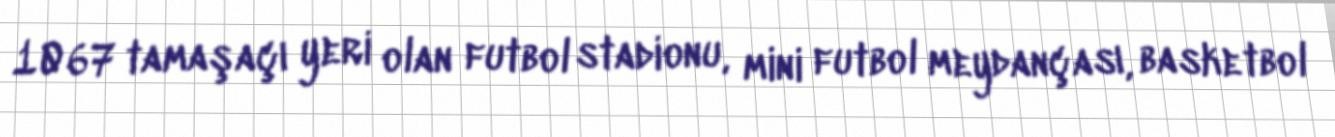
1067 tamaşaçı yeri olan futbol stadionu, mini futbol meydançası, basketbol